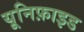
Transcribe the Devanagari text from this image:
यूनिफ़ाइड